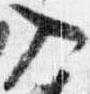
入